Annual report of the Punjab Veterinary College and of the Civil Veterinary Department, Punjab - 1909-1919
Year: 1909
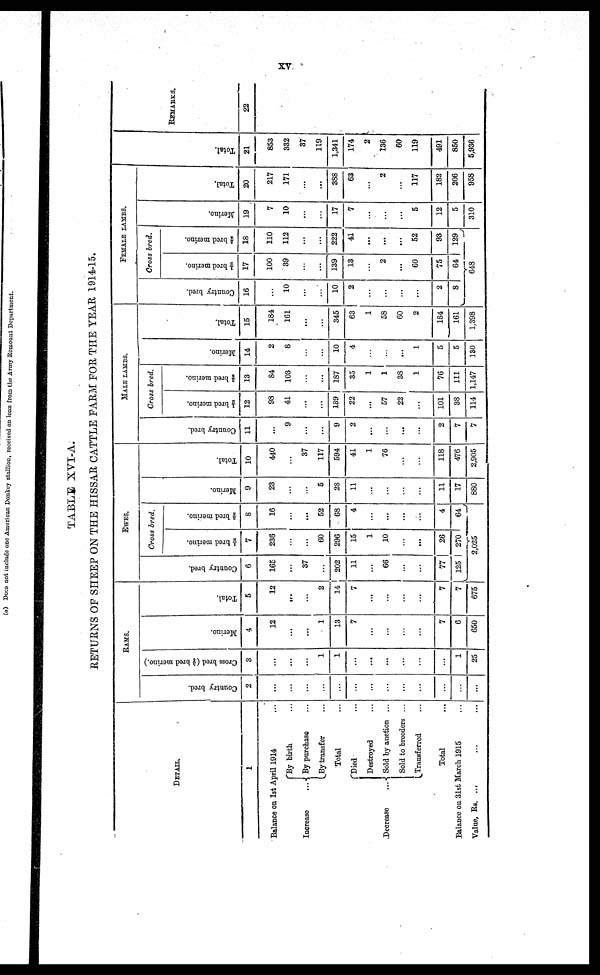
XV
TABLE XVI-A.
RETURNS OF SHEEP ON THE HISSAR CATTLE FARM FOR THE YEAR 1914-15.
DETAIL.
1
Balance on 1st April 1914 ...
Increase
...
By birth ...
By purchase ...
By transfer ...
Total ...
Decrease
...
Died ...
Destroyed ...
Sold by auction ...
Sold to breeders ...
Transferred ...
Total ...
Balance on 31st March 1915 ...
Value, Rs. ... ... ...
RAMS.
Country bred.
2
...
...
...
...
...
...
...
...
...
...
...
...
...
Cross bred ( brod merino.)
3
...
...
...
1
1
...
...
...
...
..
1
25
Merino.
4
12
...
...
1
13
7
...
...
..
...
7
6
650
Total.
5
12
...
...
2
14
7
...
...
...
...
7
7
675
EWES.
Country bred.
6
165
...
37
202
11
...
66
..
...
77
125
Cross bred.
† bred merino.
236
...
...
60
296
15
1
10
..
...
26
270
† bred merino.
8
16
...
...
52
68
....
....
...
...
...
4
64
2,025
Mer i
no.
9
23
...
...
6
28
...
...
...
...
...
11
17
880
Tot al .
10
440
...
37
117
594
...
1
76
...
...
118
476
2,905
MALE LAMBS.
Count r y br ed.
11
...
9
...
...
9
..
...
...
...
...
2
7
7
Cross bred.
† bred merino.
12
98
41
...
...
139
22
...
57
22
...
101
38
114
† bred merino.
13
84
103
...
...
187
35
1
1
38
1
76
111
1,147
Mer i
no.
14
2
8
..
...
10
4
...
...
...
1
5
5
130
Tot al .
15
184
161
...
...
345
63
1
58
60
2
184
161
1,398
FEMALES LAMBS.
Count r y br ed.
16
...
10
...
...
10
2
...
...
...
...
2
8
Cross bred.
† bred merino.
17
100
39
...
...
139
13
...
2
...
60
75
64
† bred merino.
18
110
112
...
...
222
41
...
...
...
52
93
129
648
Mer i
no.
19
7
10
...
...
17
7
...
...
...
5
12
5
310
Tot al .
20
217
171
...
...
388
63
...
2
...
117
182
206
958
Tot al .
21
853
332
37
119
1,341
174
2
136
60
119
491
850
5,936
REMARKS
22